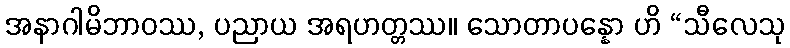
အနာဂါမိဘာဝဿ, ပညာယ အရဟတ္တဿ။ သောတာပန္နော ဟိ “သီလေသု